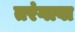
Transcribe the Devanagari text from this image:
तरंगावा